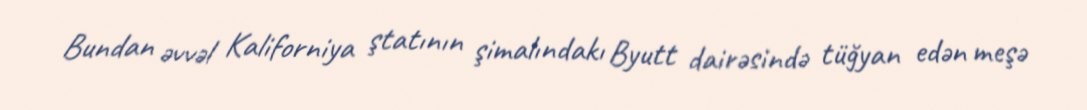
Bundan əvvəl Kaliforniya ştatının şimalındakı Byutt dairəsində tüğyan edən meşə